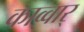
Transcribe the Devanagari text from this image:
काव्वार्